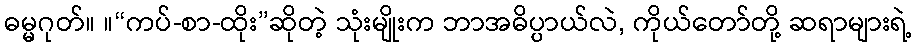
ဓမ္မဂုတ်။ ။“ကပ်-စာ-ထိုး”ဆိုတဲ့ သုံးမျိုးက ဘာအဓိပ္ပာယ်လဲ, ကိုယ်တော်တို့ ဆရာများရဲ့